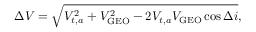
\Delta V = { \sqrt { V _ { t , a } ^ { 2 } + V _ { \mathrm { G E O } } ^ { 2 } - 2 V _ { t , a } V _ { \mathrm { G E O } } \cos \Delta i } } ,